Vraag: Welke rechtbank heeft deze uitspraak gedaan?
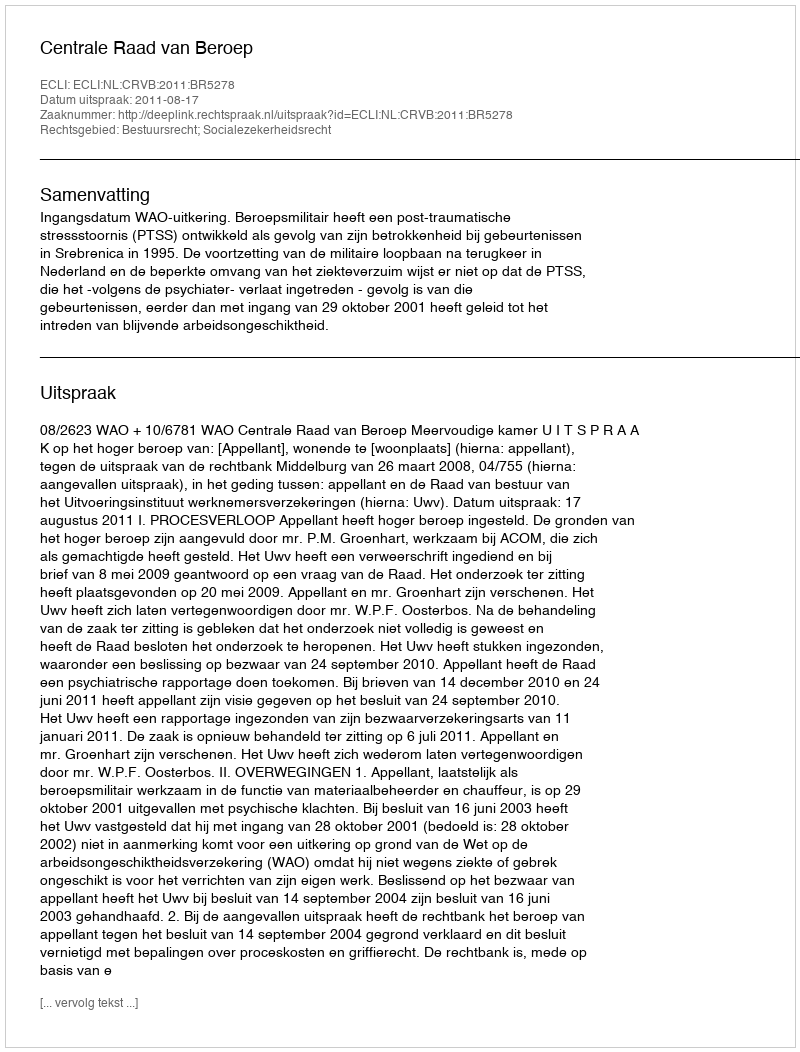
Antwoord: Centrale Raad van Beroep